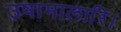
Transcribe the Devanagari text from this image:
उषामालारि।